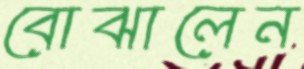
বোঝালেন